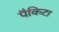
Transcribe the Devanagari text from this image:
पैकिटा